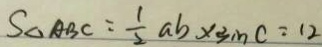
S _ { \Delta A B C } = \frac { 1 } { 2 } a b \times 3 m c = 1 2